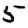
Digit: 5